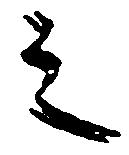
之